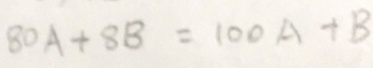
8 0 A + 8 B = 1 0 0 A + B